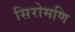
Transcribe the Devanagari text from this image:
सिरोमणि